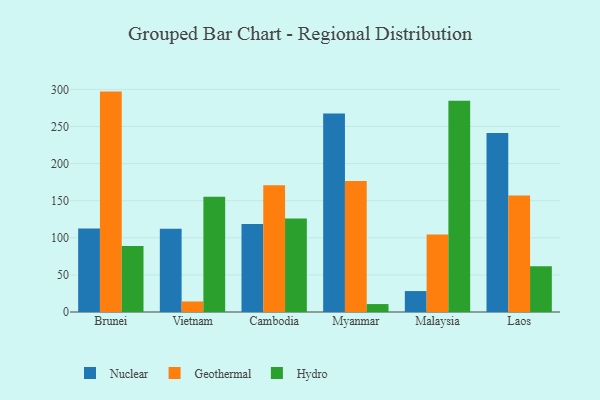
{"axis": {"x": "Country", "y": "Satisfaction Score"}, "legend": ["Geothermal", "Hydro", "Nuclear"], "data": [{"x": "Brunei", "y": 112.4, "type": "Nuclear"}, {"x": "Brunei", "y": 297.0, "type": "Geothermal"}, {"x": "Brunei", "y": 88.8, "type": "Hydro"}, {"x": "Vietnam", "y": 112.1, "type": "Nuclear"}, {"x": "Vietnam", "y": 14.2, "type": "Geothermal"}, {"x": "Vietnam", "y": 155.2, "type": "Hydro"}, {"x": "Cambodia", "y": 118.7, "type": "Nuclear"}, {"x": "Cambodia", "y": 170.8, "type": "Geothermal"}, {"x": "Cambodia", "y": 126.0, "type": "Hydro"}, {"x": "Myanmar", "y": 267.6, "type": "Nuclear"}, {"x": "Myanmar", "y": 176.4, "type": "Geothermal"}, {"x": "Myanmar", "y": 10.7, "type": "Hydro"}, {"x": "Malaysia", "y": 28.2, "type": "Nuclear"}, {"x": "Malaysia", "y": 104.3, "type": "Geothermal"}, {"x": "Malaysia", "y": 284.8, "type": "Hydro"}, {"x": "Laos", "y": 241.1, "type": "Nuclear"}, {"x": "Laos", "y": 157.1, "type": "Geothermal"}, {"x": "Laos", "y": 61.8, "type": "Hydro"}]}